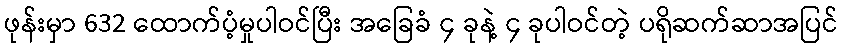
ဖုန်းမှာ 632 ထောက်ပံ့မှုပါဝင်ပြီး အခြေခံ ၄ ခုနဲ့ ၄ ခုပါဝင်တဲ့ ပရိုဆက်ဆာအပြင်